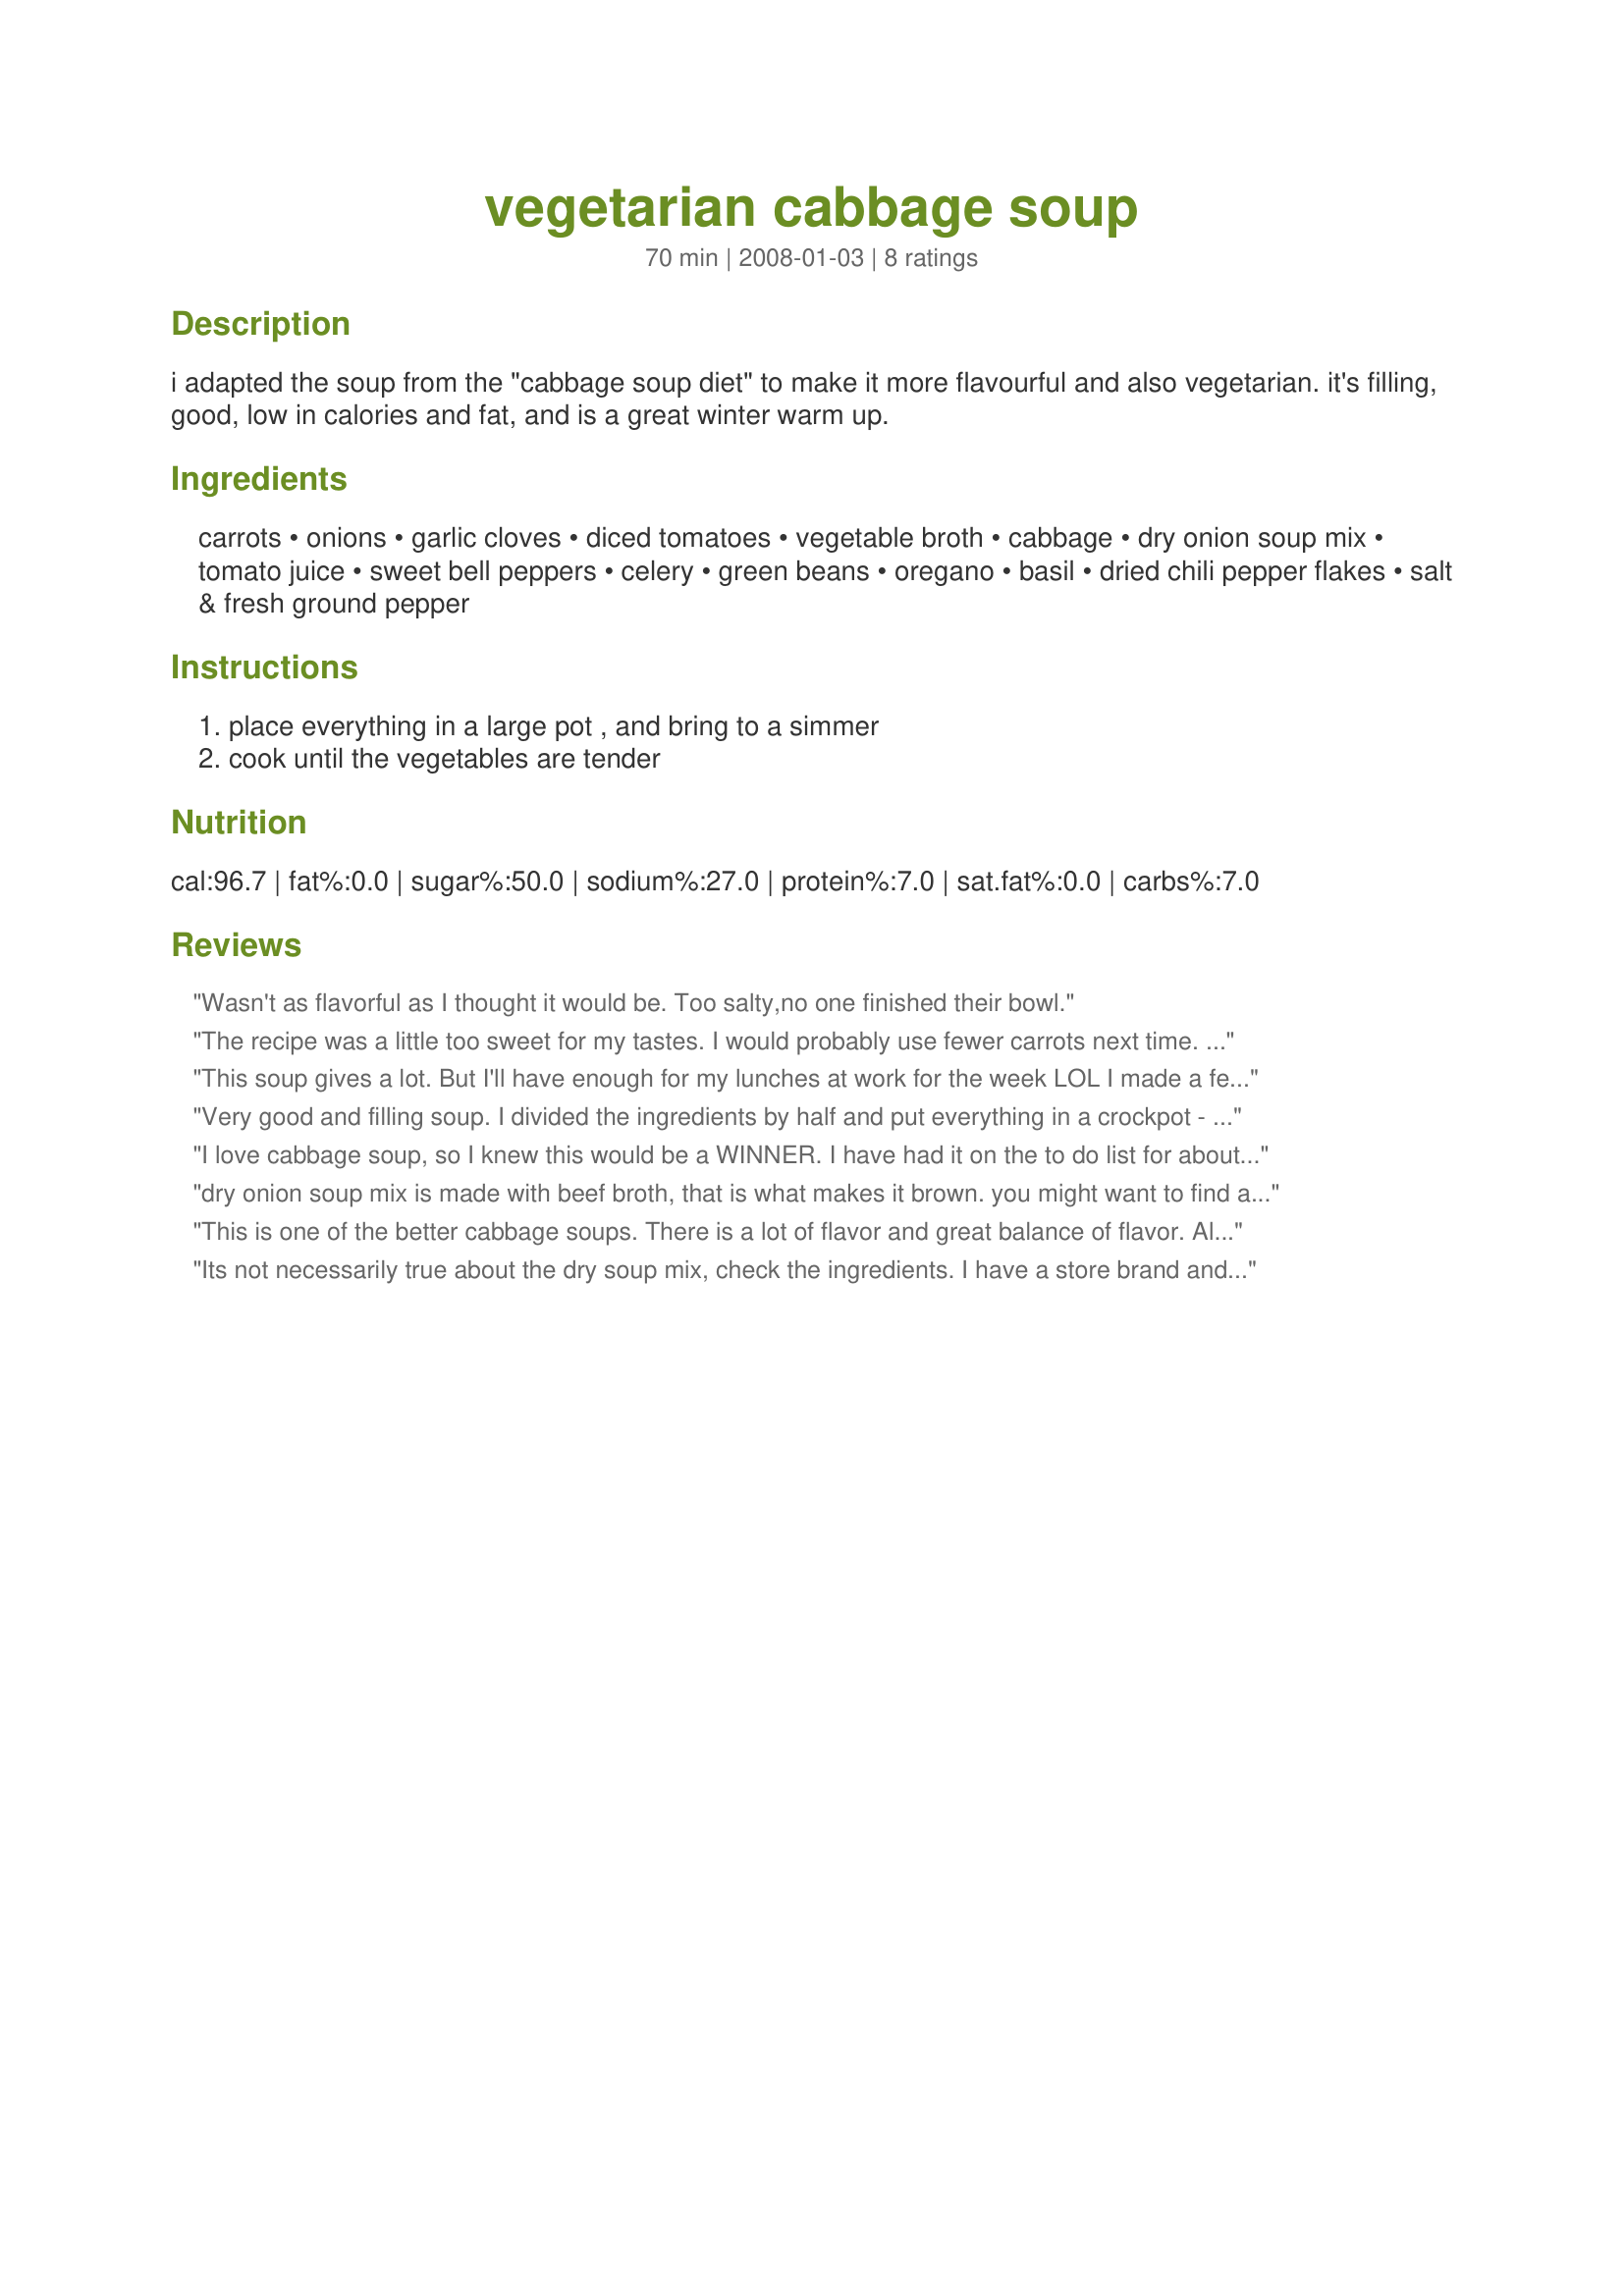
vegetarian cabbage soup
Preparation time: 70 minutes

i adapted the soup from the "cabbage soup diet" to make it more flavourful and also vegetarian. it's filling, good, low in calories and fat, and is a great winter warm up.

Ingredients:
carrots, onions, garlic cloves, diced tomatoes, vegetable broth, cabbage, dry onion soup mix, tomato juice, sweet bell peppers, celery, green beans, oregano, basil, dried chili pepper flakes, salt & fresh ground pepper

Steps:
place everything in a large pot , and bring to a simmer, cook until the vegetables are tender

Reviews:
Wasn't as flavorful as I thought it would be. Too salty,no one finished their bowl.
The recipe was a little too sweet for my tastes. I would probably use fewer carrots next time. We ended up adding a few potatoes. That, and letting it sit until the next day helped mellow the flavors.
This soup gives a lot. But I'll have enough for my lunches at work for the week LOL I made a few changes. I omitted the garlic. I used 4 cups of water, and no vegetable broth, cause instead of tomato juice, I used a 56 ounces of garden cocktail juice. So it has a lot of flavours with that. And I didn't add more seasoning. No salt was needed. I used grated cabbage cause I had some in the fridge. It's very healthy and tastes great. Thanks Katzen. Made for Holiday tag
Very good and filling soup. I divided the ingredients by half and put everything in a crockpot - on low for 8 hours. Delicious with bread and butter. Made for Veg'n Tag October 2009. Thanks for sharing!
I love cabbage soup, so I knew this would be a WINNER. I have had it on the to do list for about 4 months now! I threw all the ingredients in a crock pot (plus 1 zucchini for good measure) and turned it on auto and let it do it's thing. I accidentally put in a bit more red pepper flakes so mine has quite a kick but it was great like that. Served along side Recipe #128588 for a great vegetarian dinner this fine Monday. Recipenapped for Veg*n Tag Sept 2009. UPDATE: This soup is even MORE delish on day 2!!! I admit that I added some tomato sauce to decrease the heat a bit and to thicken up the soup (we like our soups to be "stoups"). AWESOME recipe.
dry onion soup mix is made with beef broth, that is what makes it brown. you might want to find a vegetarian onion soup instead.
This is one of the better cabbage soups. There is a lot of flavor and great balance of flavor. Also love the healthiness and low calories. Made as written cutting in half and was thrilled to see it came out thick more like a stew consistency. Next time will make full batch and freeze half. Thanks so much for the post.
Its not necessarily true about the dry soup mix, check the ingredients. I have a store brand and it has hydrolyzed soy and caramel coloring, no beef. If you were to make onion soup from scratch the color would come from the caramelized onion, not beef broth.
